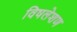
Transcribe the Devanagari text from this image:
विषलेशण